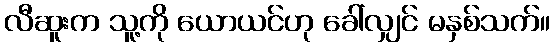
လီဆူးက သူ့ကို ယောယင်ဟု ခေါ်လျှင် မနှစ်သက်။